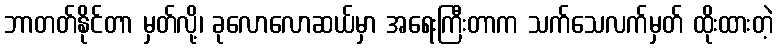
ဘာတတ်နိုင်တာ မှတ်လို့၊ ခုလောလောဆယ်မှာ အရေးကြီးတာက သက်သေလက်မှတ် ထိုးထားတဲ့